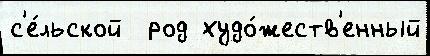
с'е́льской  род худо́жеств'енный